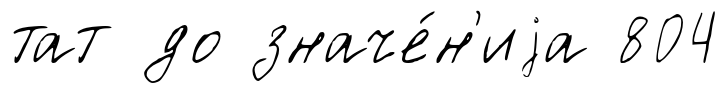
тат до значе́н'иjа 804